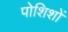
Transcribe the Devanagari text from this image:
पोशिशों